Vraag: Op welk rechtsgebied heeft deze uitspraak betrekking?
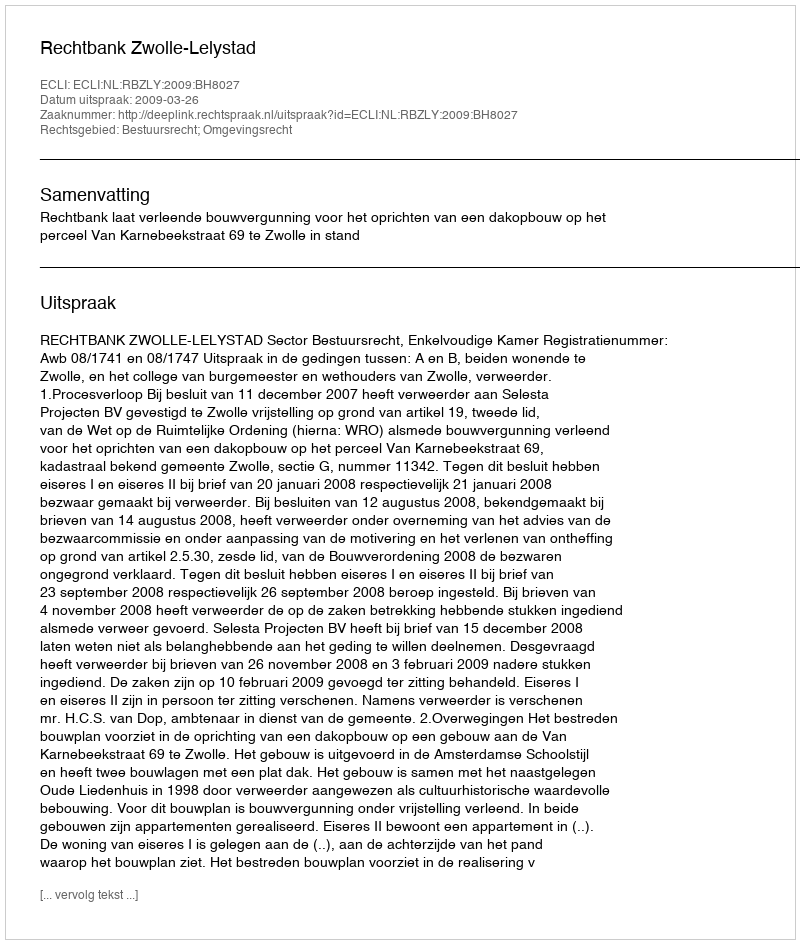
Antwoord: Bestuursrecht; Omgevingsrecht